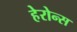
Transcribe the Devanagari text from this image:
हेरोन्स